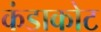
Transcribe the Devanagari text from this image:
कंडाकोट